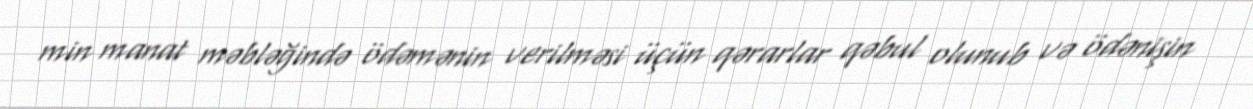
min manat məbləğində ödəmənin verilməsi üçün qərarlar qəbul olunub və ödənişin